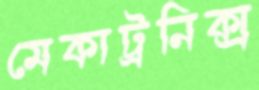
মেকাট্রনিক্স